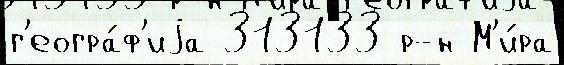
г'еогра́ф'иjа 313133 р-н М'и́ра